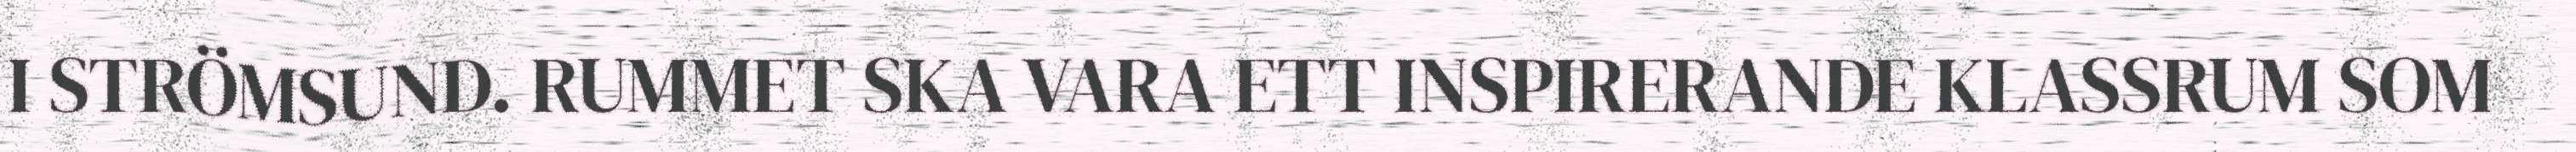
I STRÖMSUND. RUMMET SKA VARA ETT INSPIRERANDE KLASSRUM SOM